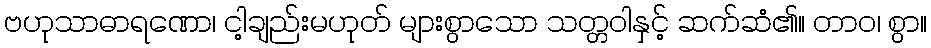
ဗဟုသာဓာရဏော၊ ငါ့ချည်းမဟုတ် များစွာသော သတ္တဝါနှင့် ဆက်ဆံ၏။ တာဝ၊ စွာ။